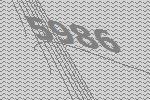
5986